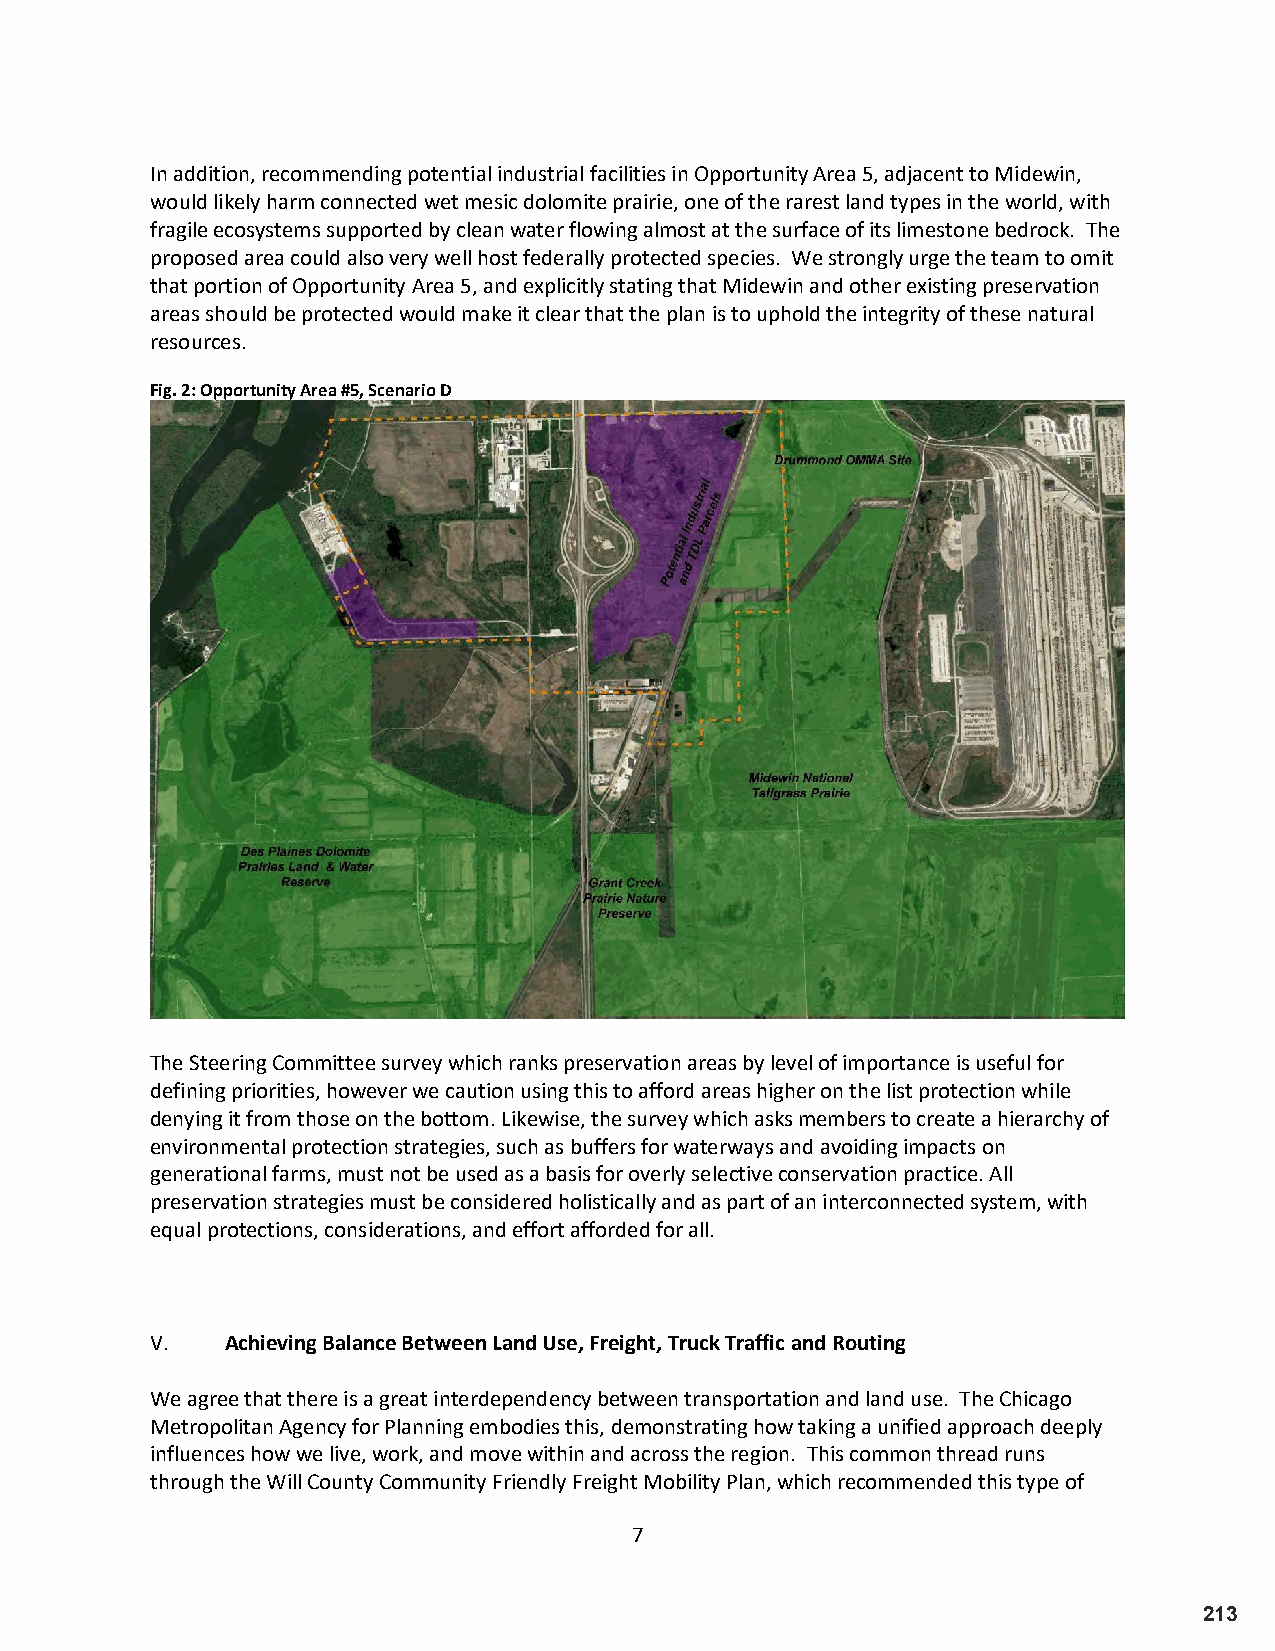
In addition, recommending potential industrial facilities in Opportunity Area 5, adjacent to Midewin,
 would likely harm connected wet mesic dolomite prairie, one of the rarest land types in the world, with
 fragile ecosystems supported by clean water flowing almost at the surface of its limestone bedrock. The
 proposed area could also very well host federally protected species. We strongly urge the team to omit
 that portion of Opportunity Area 5, and explicitly stating that Midewin and other existing preservation
 areas should be protected would make it clear that the plan is to uphold the integrity of these natural
 resources.
 Fig. 2: Opportunity Area #5, Scenario D
 The Steering Committee survey which ranks preservation areas by level of importance is useful for
 defining priorities, however we caution using this to afford areas higher on the list protection while
 denying it from those on the bottom. Likewise, the survey which asks members to create a hierarchy of
 environmental protection strategies, such as buffers for waterways and avoiding impacts on
 generational farms, must not be used as a basis for overly selective conservation practice. All
 preservation strategies must be considered holistically and as part of an interconnected system, with
 equal protections, considerations, and effort afforded for all.
 V.   Achieving Balance Between Land Use, Freight, Truck Traffic and Routing
 We agree that there is a great interdependency between transportation and land use. The Chicago
 Metropolitan Agency for Planning embodies this, demonstrating how taking a unified approach deeply
 influences how we live, work, and move within and across the region. This common thread runs
 through the Will County Community Friendly Freight Mobility Plan, which recommended this type of
 7
 213